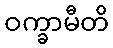
ဝက္ခာမီတိ